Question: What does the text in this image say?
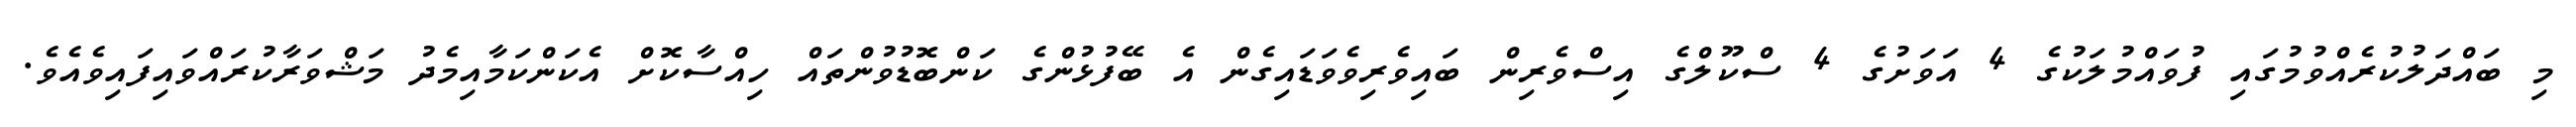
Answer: މި ބައްދަލުކުރެއްވުމުގައި ފުވައްމުލަކުގެ 4 އަވަށުގެ 4 ސްކޫލްގެ އިސްވެރިން ބައިވެރިވެވަޑައިގެން އެ ބޭފުޅުންގެ ކަންބޮޑުވުންތައް ހިއްސާކޮށް އެކަންކަމާއިމެދު މަޝްވަރާކުރައްވައިފައިވެއެވެ.